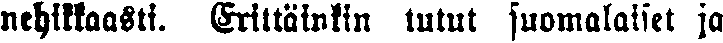
nehikkaasti. Erittäinkin tutut suomalaiset ja